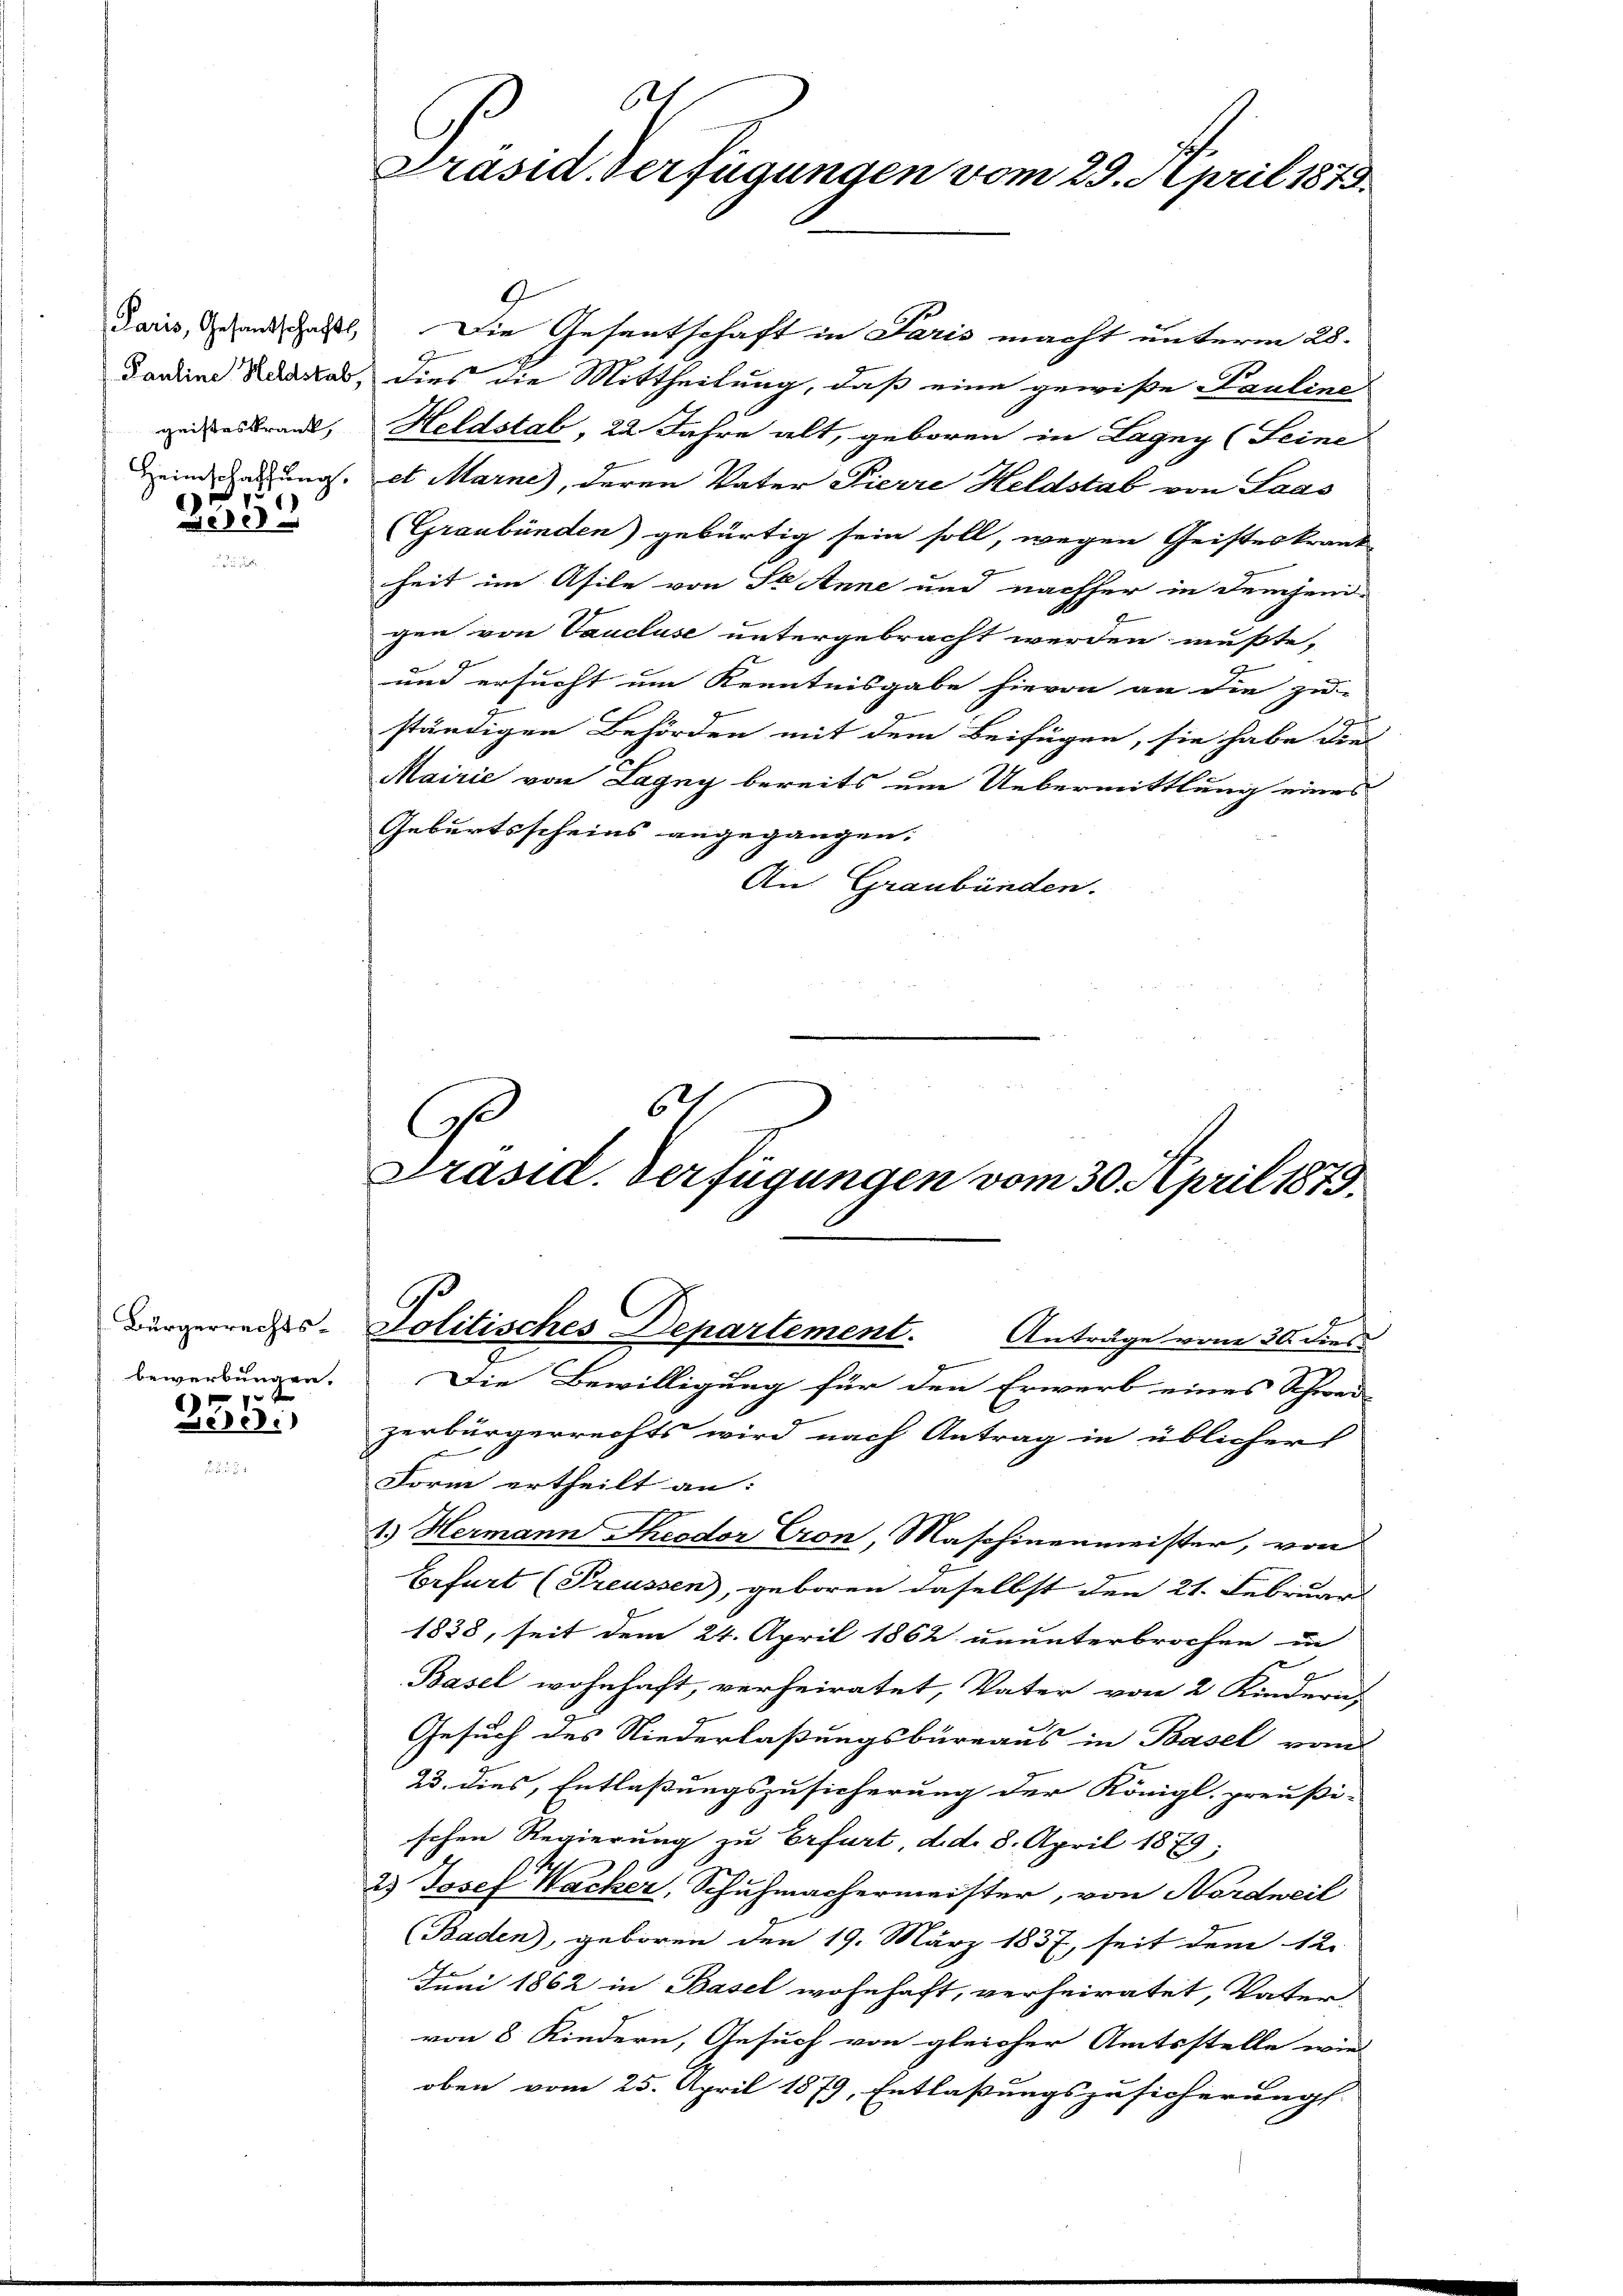
Paris, Gesantschafts
Pauline Heldstab,
geisteskrank,
Heimschaffung.
|

35

bewerbungen.

)
eheli

621
Präsid. Verfügungen vom 29. April 1873.

2
Die Gesantschaft in Paris macht unterm 28.
dies die Mittheilung, daß eine gewiße Pauline,
Heldstab, 22 Jahre alt, geboren in Lagny (Seine
et Marne), deren Vater Pierre Heldstab von Saas
(Graubünden) gebürtig sein soll, wegen Geisteskrank-
x
heit im Afile von St. Anne und nachher in demjenigen von Vaucluse untergebracht werden mußte,
und ersucht um Kenntnisgabe hievon an die zu-
ständigen Behörden mit dem Beifügen, sie habe die
Mairie von Lagny bereits um Uebermittlung eines
Geburtsscheins angegangen.
An Graubünden.
6
C
Präsid. Verfügungen vom 30. April 1873.

Bürgerrechts-Politisches Departement. Anträge von 30 dies

Die Bewilligung für den Erwerb eines Schwer
zerbürgerrechts wird nach Antrag in üblicher
Form ertheilt an:
1.) Hermann Theodor Cron, Maschinenmeister, von
Erfurt (Preussen, geboren daselbst den 21. Februar
1838, seit dem 24. April 1862 ununterbrochen in
g
Basel wohnhaft, verheiratet, Vater von 2 Kindern
Gesuch des Niederlaßungsbüreaus in Basel vom
23. dies, Entlaßungszusicherung der Königl. preußi-
schen Regierung zu Erfurt, d. d. 8. April 1879,
2.) Josef Wacker, Schuhmachermeister, von Nordweil
(Baden), geboren den 19. März 1837, seit dem 12.
Juni 1862 in Basel wohnhaft, verheiratet, Vater
von 8 Kindern, Gesuch von gleicher Amtsstelle wie
oben vom 25. April 1879, Entlaßungszusicherungs-